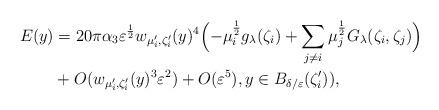
LaTeX: \begin{align*}E(y)& = 20\pi \alpha_3 \varepsilon^{\frac{1}{2}}w_{\mu_i^{\prime},\zeta_i^{\prime}}(y)^4\Bigl(-\mu_i^{\frac{1}{2}} g_\lambda(\zeta_i)+\sum_{j\not=i} \mu_j^{\frac{1}{2}} G_\lambda(\zeta_i,\zeta_j)\Bigr) \\& + O( w_{\mu_i^{\prime},\zeta_i^{\prime}}(y)^3 \varepsilon^2) + O(\varepsilon^5) , y \in B_{\delta/\varepsilon}(\zeta_i')),\end{align*}